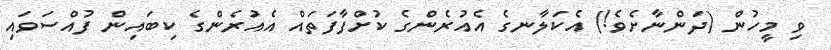
ވި މީހުން (ދަންނާށެވެ!) އެކަލާނގެ އެއުރެންގެ ކުށްފާފަތައް އެއުރެންގެ ކިބައިން ފުއްސަވައި